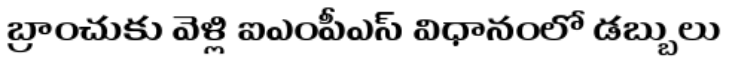
బ్రాంచుకు వెళ్లి ఐఎంపీఎస్ విధానంలో డబ్బులు